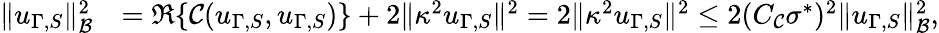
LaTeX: \begin{array}{rl}{\| u_{\Gamma,S}\| _{\mathcal{B}}^{2}}&{=\Re\{ \mathcal{C}(u_{\Gamma,S},u_{\Gamma,S})\} +2\| \kappa^{2}u_{\Gamma,S}\| ^{2}=2\| \kappa^{2}u_{\Gamma,S}\| ^{2}\leq 2(C_{\mathcal{C}}\sigma^{*})^{2}\| u_{\Gamma,S}\| _{\mathcal{B}}^{2},}\end{array}